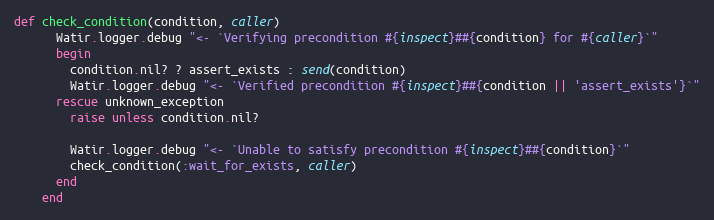
Language: Ruby
def check_condition(condition, caller)
      Watir.logger.debug "<- `Verifying precondition #{inspect}##{condition} for #{caller}`"
      begin
        condition.nil? ? assert_exists : send(condition)
        Watir.logger.debug "<- `Verified precondition #{inspect}##{condition || 'assert_exists'}`"
      rescue unknown_exception
        raise unless condition.nil?

        Watir.logger.debug "<- `Unable to satisfy precondition #{inspect}##{condition}`"
        check_condition(:wait_for_exists, caller)
      end
    end